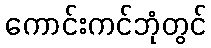
ကောင်းကင်ဘုံတွင်